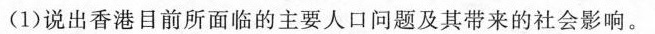
(1)说出香港目前所面临的主要人口问题及其带来的社会影响。